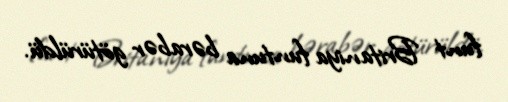
funt Britaniya funtuna bərabər götürüldü.